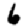
Digit: 6